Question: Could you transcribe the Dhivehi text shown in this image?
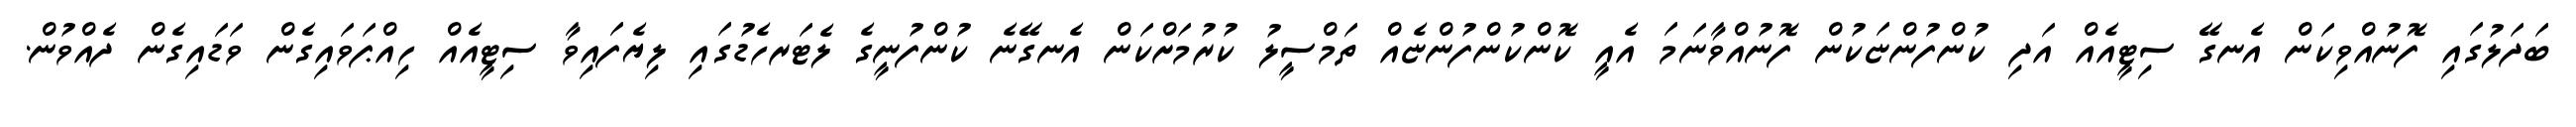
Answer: ބަދަލުގައި ފޮނުއްވިކަން އެނގޭ ސިޓީއެއް އަދި ކުންފުންޏަކުން ފޮނުއްވާނަމަ އެއީ ކޮންކުންފުންޏެއް ތަމްސީލު ކުރުމަށްކަން އެނގޭނެ ކުންފުނީގެ ލެޓަރހެޑުގައި ލިޔެފައިވާ ސިޓީއެއް ހިއްޕަވައިގެން ވަޑައިގެން ދެއްވުން.